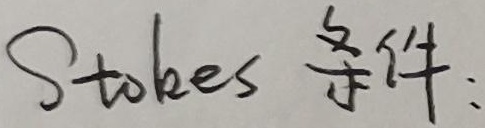
Stokes 条件: